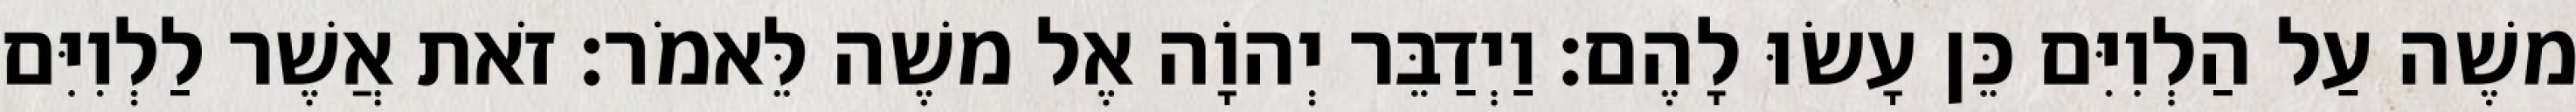
משֶׁה עַל הַלְוִיִּם כֵּן עָשׂוּ לָהֶם׃ וַיְדַבֵּר יְהוָֹה אֶל משֶׁה לֵּאמֹר׃ זֹאת אֲשֶׁר לַלְוִיִּם